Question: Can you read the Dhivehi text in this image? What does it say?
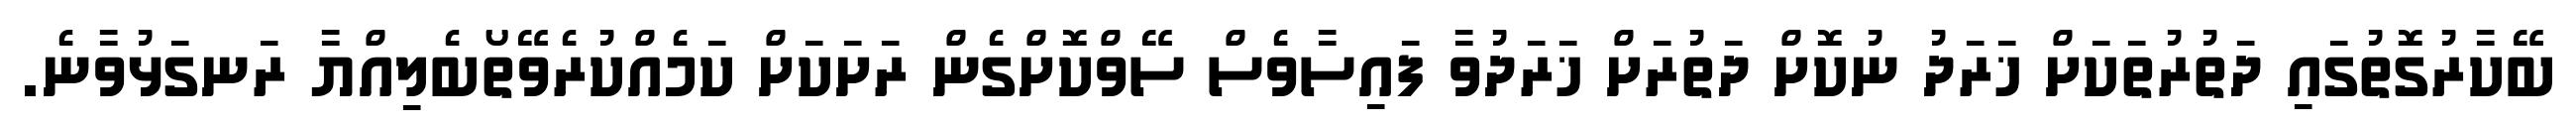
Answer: ބޭކާރުގޮތުގައި ދަތުރުތަކަށް ޚަރަދު ނުކޮށް ދަތުރަށް ޚަރަދުވާ ފައިސާވެސް ސޭވްކޮށްގެން ރަށަކަށް ކަމެއްކުރެވޭތޯބެލިއްޔާ ރަނގަޅުވާނެ.